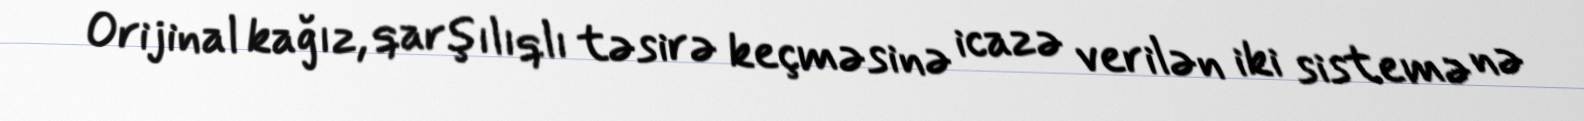
Orijinal kağız, qarşılıqlı təsirə keçməsinə icazə verilən iki sistemə nə